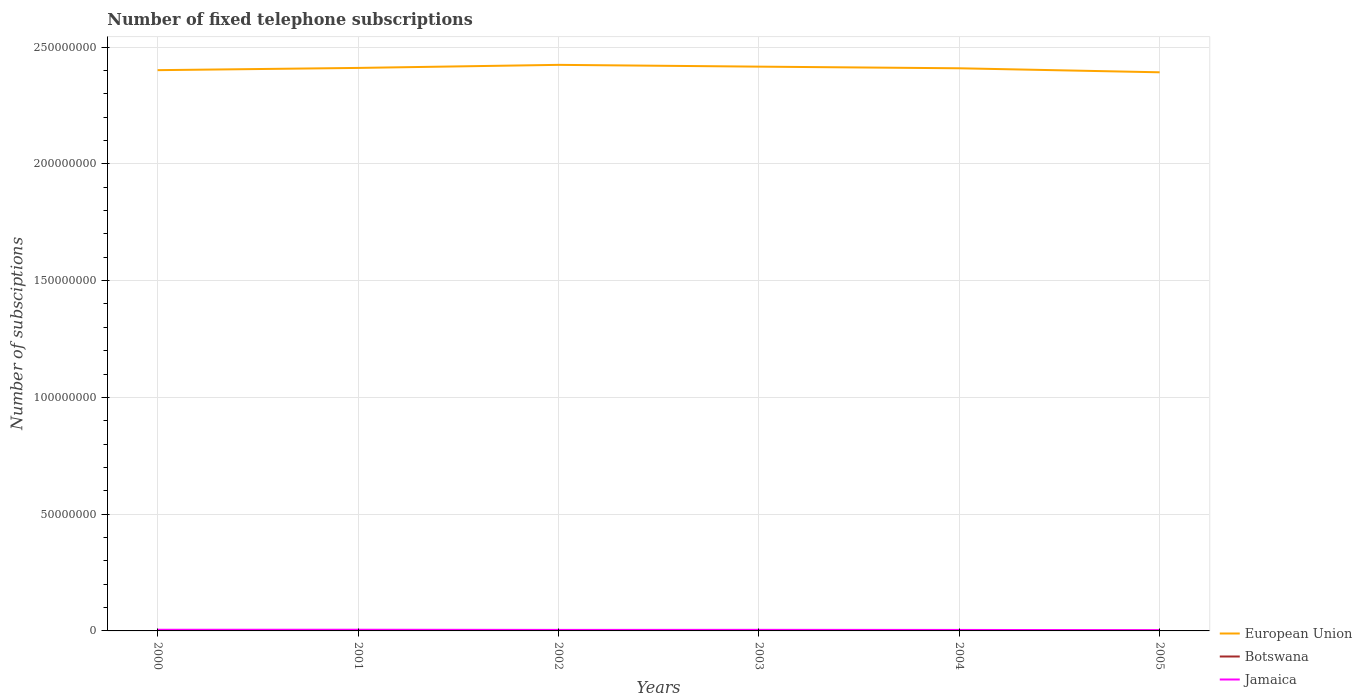
| Years | European Union | Botswana | Jamaica |
 | --- | --- | --- | --- |
 | 2000 | 2.4e+08 | 1.36e+05 | 4.94e+05 |
 | 2001 | 2.41e+08 | 1.48e+05 | 5.11e+05 |
 | 2002 | 2.42e+08 | 1.48e+05 | 4.35e+05 |
 | 2003 | 2.42e+08 | 1.31e+05 | 4.59e+05 |
 | 2004 | 2.41e+08 | 1.32e+05 | 4.23e+05 |
 | 2005 | 2.39e+08 | 1.36e+05 | 3.19e+05 |